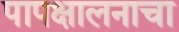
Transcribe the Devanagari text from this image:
पापक्षालनाचा